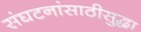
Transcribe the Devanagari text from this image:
संघटनांसाठीसुद्धा